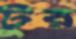
টুর